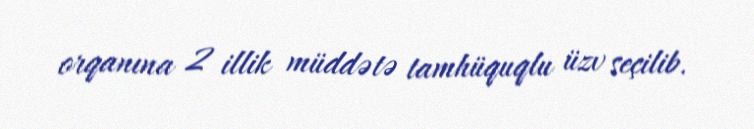
orqanına 2 illik müddətə tamhüquqlu üzv seçilib.